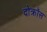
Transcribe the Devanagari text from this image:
दोक्रॉस